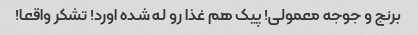
برنج و جوجه معمولی! پیک هم غذا رو له شده اورد! تشکر واقعا!